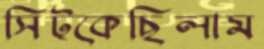
সিট্‌কেছিলাম